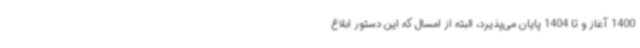
1400 آغاز و تا 1404 پایان می‌پذیرد، البته از امسال که این دستور ابلاغ